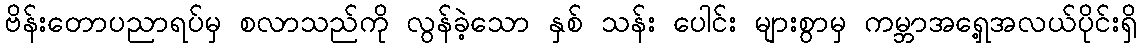
ဗိန်းတောပညာရပ်မှ စလာသည်ကို လွန်ခဲ့သော နှစ် သန်း ပေါင်း များစွာမှ ကမ္ဘာအရှေ့အလယ်ပိုင်းရှိ